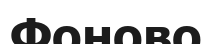
Фоново